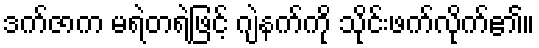
ဒက်ဇာက မရဲတရဲဖြင့် ဂျဲနက်ကို သိုင်းဖက်လိုက်၏။